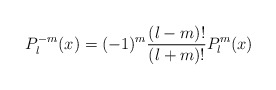
\begin{align*}P_l^{-m}(x)=(-1)^m\frac{(l-m)!}{(l+m)!}P_l^m(x)\end{align*}